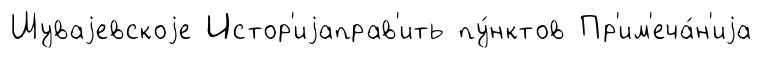
Шуваjевскоjе Истор'иjаправ'ить пу́нктов Пр'им'еча́н'иjа